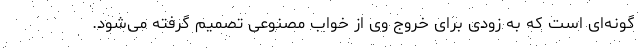
گونه‌ای است که به زودی برای خروج وی از خواب مصنوعی تصمیم گرفته می‌شود.